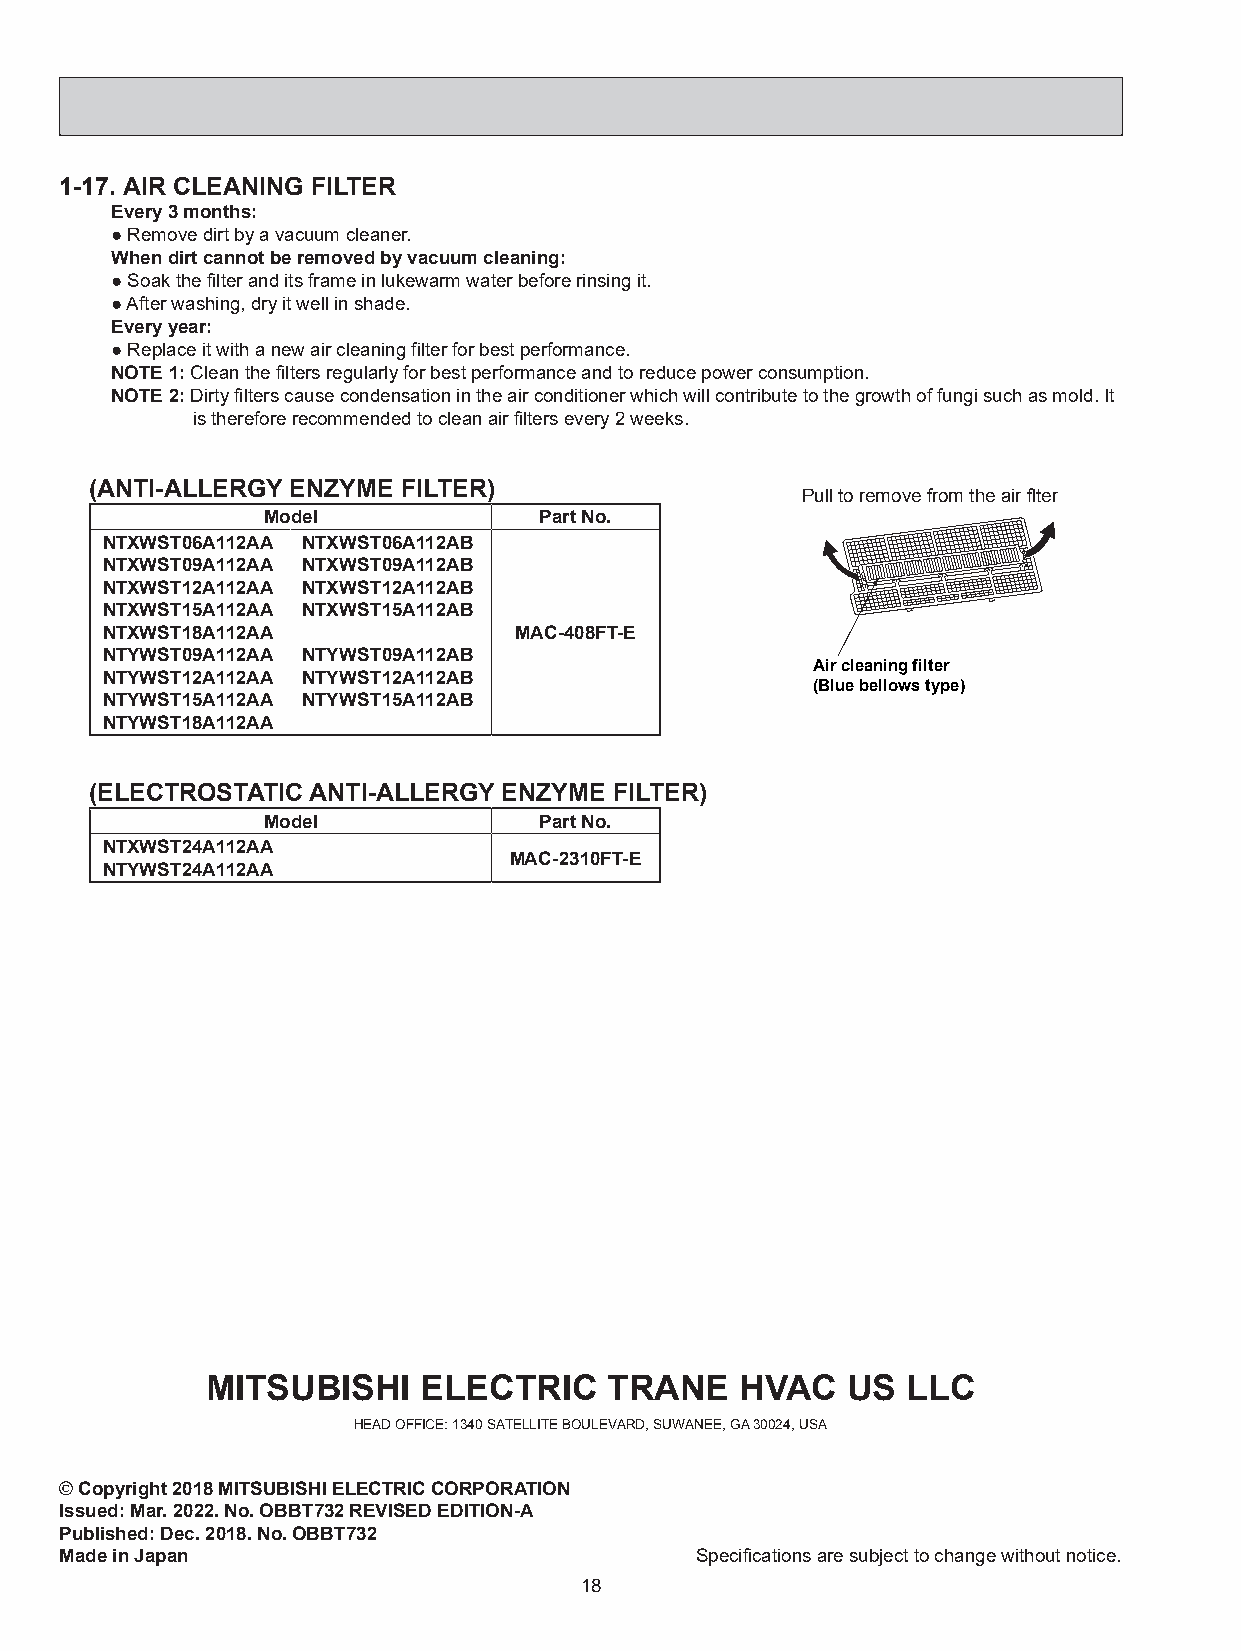
1-17. AIR CLEANING FILTER
 Every 3 months:
 ● Remove dirt by a vacuum cleaner.
 When dirt cannot be removed by vacuum cleaning:
 ● Soak the filter and its frame in lukewarm water before rinsing it.
 ● After washing, dry it well in shade.
 Every year:
 ● Replace it with a new air cleaning filter for best performance.
 NOTE 1: Clean the filters regularly for best performance and to reduce power consumption.
 NOTE 2: Dirty filters cause condensation in the air conditioner which will contribute to the growth of fungi such as mold. It
 is therefore recommended to clean air filters every 2 weeks.
 (ANTI-ALLERGY ENZYME FILTER)
 Pull to remove from the air flter
 Model              Part No.
 NTXWST06A112AA NTXWST06A112AB
 NTXWST09A112AA NTXWST09A112AB
 NTXWST12A112AA NTXWST12A112AB
 NTXWST15A112AA NTXWST15A112AB
 NTXWST18A112AA             MAC-408FT-E
 NTYWST09A112AA NTYWST09A112AB
 Air cleaning filter
 NTYWST12A112AA NTYWST12A112AB
 (Blue bellows type)
 NTYWST15A112AA NTYWST15A112AB
 NTYWST18A112AA
 (ELECTROSTATIC ANTI-ALLERGY ENZYME FILTER)
 Model              Part No.
 NTXWST24A112AA
 MAC-2310FT-E
 NTYWST24A112AA
 MITSUBISHI    ELECTRIC    TRANE    HVAC   US  LLC
 HEAD OFFICE: 1340 SATELLITE BOULEVARD, SUWANEE, GA 30024, USA
 © Copyright 2018 MITSUBISHI ELECTRIC CORPORATION
 Issued: Mar. 2022. No. OBBT732 REVISED EDITION-A
 Published: Dec. 2018. No. OBBT732
 Made in Japan                             Specifications are subject to change without notice.
 18